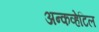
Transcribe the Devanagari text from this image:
अन्कव्हेटिल